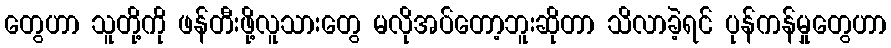
တွေဟာ သူတို့ကို ဖန်တီးဖို့လူသားတွေ မလိုအပ်တော့ဘူးဆိုတာ သိလာခဲ့ရင် ပုန်ကန်မှုတွေဟာ